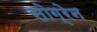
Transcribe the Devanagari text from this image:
सोग्रेन